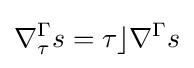
\nabla _{\tau }^{\Gamma }s=\tau \rfloor \nabla ^{\Gamma }s